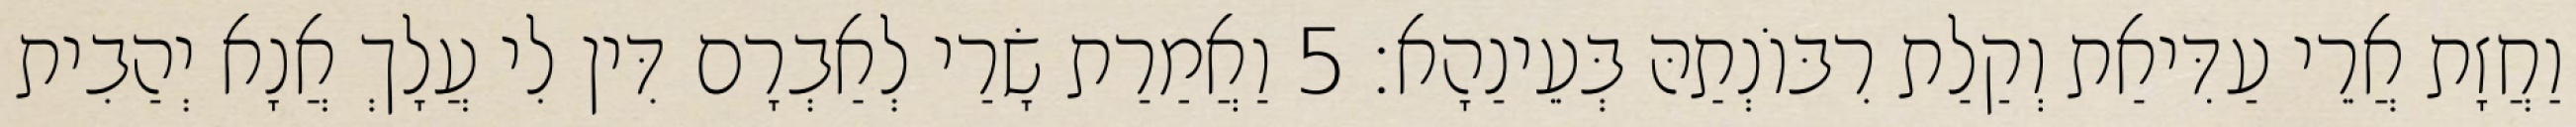
וַחֲזָת אֲרֵי עַדִּיאַת וְקַלַת רִבּוֹנְתַהּ בְּעֵינַהָא׃ 5 וַאֲמַרַת שָׂרַי לְאַבְרָם דִּין לִי עֲלָךְ אֲנָא יְהַבִית